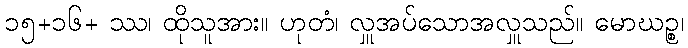
၁၅+၁၆+ ဿ၊ ထိုသူအား။ ဟုတံ၊ လှူအပ်သောအလှူသည်။ မောဃဉ္စ၊